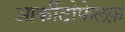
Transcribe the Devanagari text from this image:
आर्कीटोफेलफ़